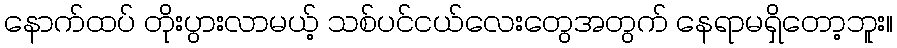
နောက်ထပ် တိုးပွားလာမယ့် သစ်ပင်ငယ်လေးတွေအတွက် နေရာမရှိတော့ဘူး။